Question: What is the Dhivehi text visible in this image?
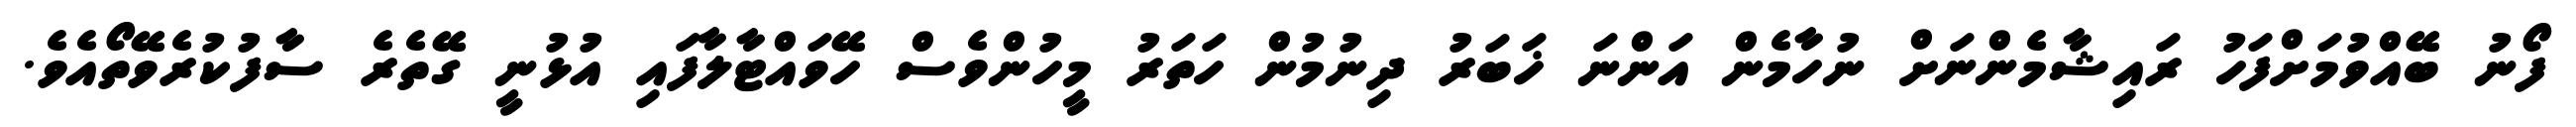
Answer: ފޯނު ބޭއްވުމަށްފަހު ރައިޝާމެންނަށް ނުހާމެން އަންނަ ޚަބަރު ދިނުމުން ހަތަރު މީހުންވެސް ހޭވައްޓާލާފައި އުޅުނީ ގޭތެރެ ސާފުކުރެވޭތޯއެވެ.